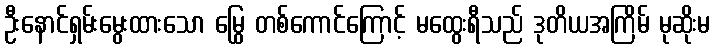
ဦးနောင်ရှမ်းမွေးထားသော မြွေ တစ်ကောင်ကြောင့် မထွေးရီသည် ဒုတိယအကြိမ် မုဆိုးမ